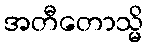
အတီတောသ္မိ